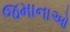
જમાનાઓ